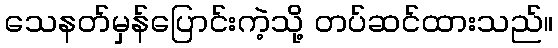
သေနတ်မှန်ပြောင်းကဲ့သို့ တပ်ဆင်ထားသည်။